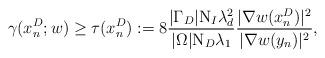
LaTeX: \begin{align*}\gamma(x_n^D;w)\ge \tau(x_n^D):=8\frac{|\Gamma_D|\mathrm{N}_I \lambda_d^2}{|\Omega|\mathrm{N}_D\lambda_1}\frac{|\nabla w(x_n^D)|^2 }{|\nabla w(y_n)|^2 }, \end{align*}